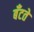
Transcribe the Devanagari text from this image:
बँटते